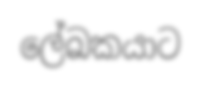
ලේඛකයාට